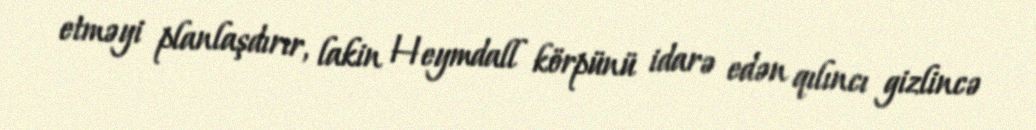
etməyi planlaşdırır, lakin Heymdall körpünü idarə edən qılıncı gizlincə